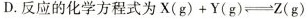
D.反应的化学方程式为$$X （g ） + Y（ g ）\rightleftharpoons Z （ g ）